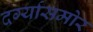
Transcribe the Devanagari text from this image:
दर्ग्यासमोर